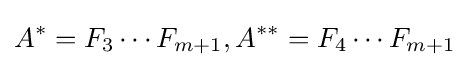
A^{*}=F_{3}\cdots F_{m+1},A^{**}=F_{4}\cdots F_{m+1}